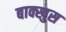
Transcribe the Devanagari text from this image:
बाक्खुस